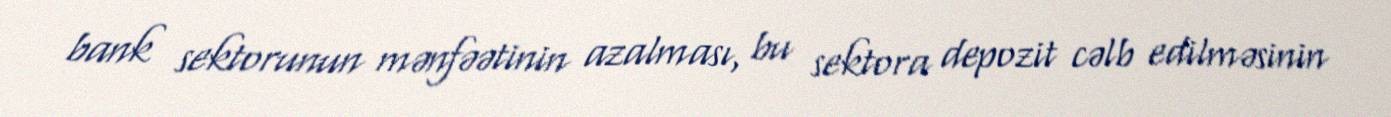
bank sektorunun mənfəətinin azalması, bu sektora depozit cəlb edilməsinin